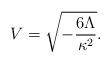
LaTeX: \begin{align*}V=\sqrt{-\frac{6\Lambda}{\kappa^2}}.\end{align*}